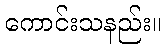
ကောင်းသနည်း။